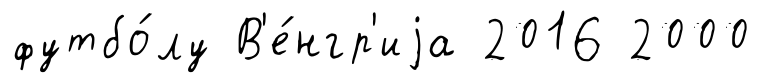
футбо́лу В'е́нгр'иjа 2016 2000